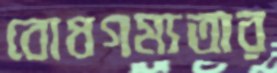
বোধগম্যতার